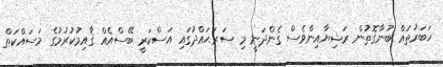
ޚަބަރުތައް ބުނާގޮތުން ރަޝިޔާއިންވެސް ގެންދަނީ މި ސަރަޙައްދުގައި އަސްކަރީ ބޭސްއެއް ޤާއިމުކުރުމުގެ މަސައްކަތް